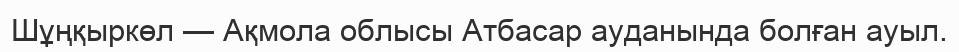
Шұңқыркөл — Ақмола облысы Атбасар ауданында болған ауыл.